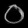
Digit: ၀